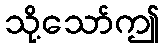
သို့သော်ဤ